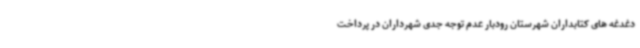
دغدغه های کتابداران شهرستان رودبار عدم توجه جدی شهرداران در پرداخت